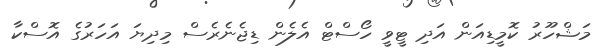
މަޝްހޫރު ކޮމީޑިއަން އަދި ޓީވީ ހޯސްޓް އެލެން ޑިޖެނެރެސް މިދިޔަ އަހަރުގެ އޮސްކާ